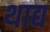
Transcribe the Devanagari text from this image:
थाद्य